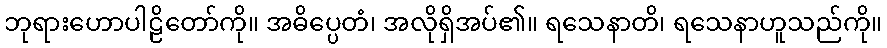
ဘုရားဟောပါဠိတော်ကို။ အဓိပ္ပေတံ၊ အလိုရှိအပ်၏။ ရသေနာတိ၊ ရသေနာဟူသည်ကို။